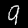
Digit: 9